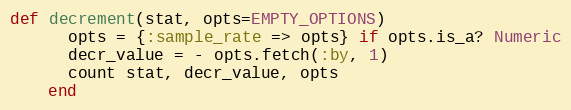
Language: Ruby
def decrement(stat, opts=EMPTY_OPTIONS)
      opts = {:sample_rate => opts} if opts.is_a? Numeric
      decr_value = - opts.fetch(:by, 1)
      count stat, decr_value, opts
    end